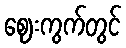
ဈေးကွက်တွင်